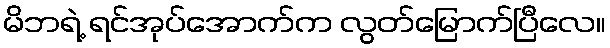
မိဘရဲ့ ရင်အုပ်အောက်က လွတ်မြောက်ပြီလေ။